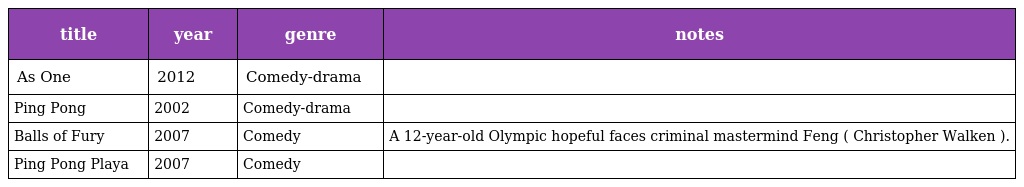
| title | year | genre | notes |
 | --- | --- | --- | --- |
 | As One | 2012 | Comedy-drama |  |
 | Ping Pong | 2002 | Comedy-drama |  |
 | Balls of Fury | 2007 | Comedy | A 12-year-old Olympic hopeful faces criminal mastermind Feng ( Christopher Walken ). |
 | Ping Pong Playa | 2007 | Comedy |  |